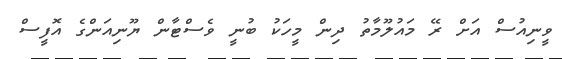
ވީނިއުސް އަށް ރޭ މައުލޫމާތު ދިން މީހަކު ބުނީ ވެސްޓާން ޔޫނިއަންގެ އޮފީސް